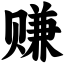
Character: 赚